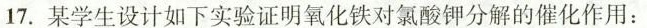
17.某学生设计如下实验证明氧化铁对氯酸钾分解的催化作用：